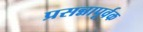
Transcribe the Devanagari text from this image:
प्रसन्नापूर्वक